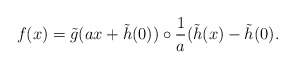
\begin{align*}f(x)=\tilde g(ax+\tilde h(0))\circ \frac{1}{a}(\tilde h(x)-\tilde h(0).\end{align*}